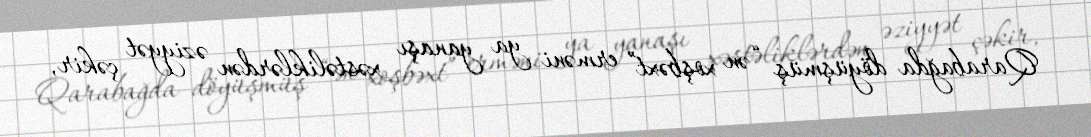
Qarabağda döyüşmüş “ən xoşbəxt” erməni ya yanaşı xəstəliklərdən əziyyət çəkir,